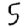
Digit: 5